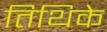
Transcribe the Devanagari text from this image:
तिथिके